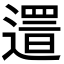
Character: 𨖞